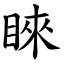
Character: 睞